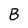
Character: B